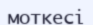
моткесі